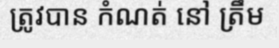
ត្រូវបាន កំណត់ នៅ ត្រឹម